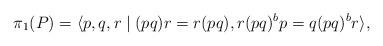
LaTeX: \begin{align*} \pi_1(P) = \langle p,q,r\mid(pq)r=r(pq),r(pq)^bp=q(pq)^br \rangle,\end{align*}